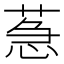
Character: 𦳌